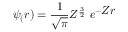
\psi _ { ( } r ) = { \frac { 1 } { \sqrt { \pi } } } Z ^ { \frac { 3 } { 2 } } \ e ^ { - { \textstyle Z r } }